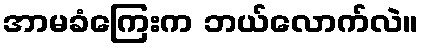
အာမခံကြေးက ဘယ်လောက်လဲ။